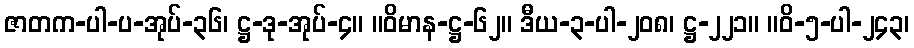
ဇာတက-ပါ-ပ-အုပ်-၃၆၊ ဋ္ဌ-ဒု-အုပ်-၄။ ။ဝိမာန-ဋ္ဌ-၆၂။ ဒီယ-၃-ပါ-၂၀၈၊ ဋ္ဌ-၂၂၁။ ။ဝိ-၅-ပါ-၂၄၃၊